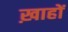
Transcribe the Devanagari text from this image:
ख़ाहों